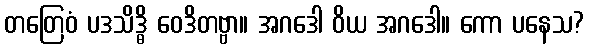
တတြေဝံ ပဒသိဒ္ဓိ ဝေဒိတဗ္ဗာ။ အဂဒေါ ဝိယ အဂဒေါ။ ကော ပနေသ?